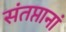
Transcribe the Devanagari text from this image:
संतप्तानां